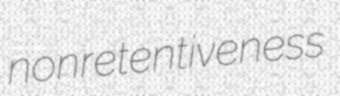
nonretentiveness